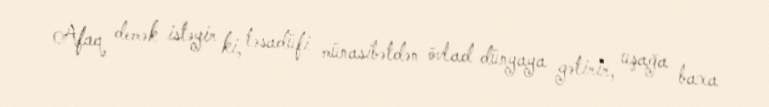
Afaq demək istəyir ki, təsadüfi münasibətdən övlad dünyaya gətirir, uşağa baxa